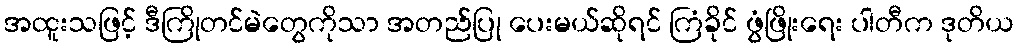
အထူးသဖြင့် ဒီကြိုတင်မဲတွေကိုသာ အတည်ပြု ပေးမယ်ဆိုရင် ကြံခိုင် ဖွံဖြိုးရေး ပါတီက ဒုတိယ